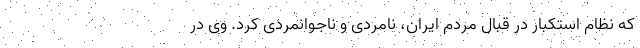
که نظام استکبار در قبال مردم ایران، نامردی و ناجوانمردی کرد. وی در